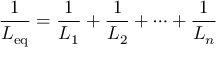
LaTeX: { \frac { 1 } { L _ { \mathrm { e q } } } } = { \frac { 1 } { L _ { 1 } } } + { \frac { 1 } { L _ { 2 } } } + \cdots + { \frac { 1 } { L _ { n } } }